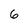
Character: 6